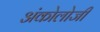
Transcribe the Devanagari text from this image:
अंकोलोजी